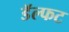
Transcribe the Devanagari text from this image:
डॅल्फट